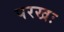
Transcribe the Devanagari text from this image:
परखः